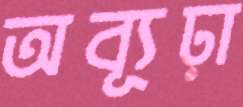
অব্যূঢ়া